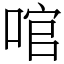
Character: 𠴨